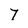
Character: 7